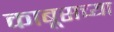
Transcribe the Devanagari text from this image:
काबूसच्या